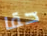
حقا